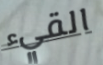
القيء